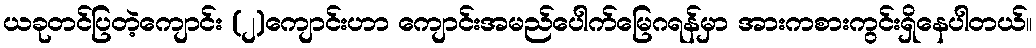
ယခုတင်ပြတဲ့ကျောင်း (၂)ကျောင်းဟာ ကျောင်းအမည်ပေါက်မြေဂရန်မှာ အားကစားကွင်းရှိနေပါတယ်။